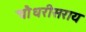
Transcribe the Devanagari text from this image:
चौधरीसराय